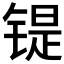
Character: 𫔂